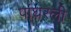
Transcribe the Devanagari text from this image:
पांघरली